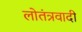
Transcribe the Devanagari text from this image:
लोतंत्रवादी